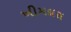
ખીમદાસ